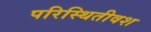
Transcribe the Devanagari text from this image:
परिस्थितीवश